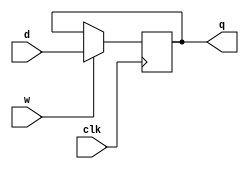
module PC(clk,w,d,q);
    input clk,w;
    input[31:0]d;
    output reg[31:0]q;
    reg[31:0]tmp;
    initial begin
        q=0;tmp=0;
    end
    always@(posedge clk)
    begin
        # 1
        if (w) begin
            q <= tmp;
        end
    end
    always @(d)begin
        tmp<=d;
    end
endmodule